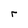
Character: r